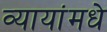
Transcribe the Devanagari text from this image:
व्यायांमधे